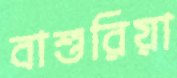
বাশুরিয়া